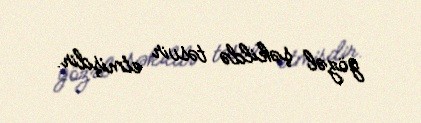
gözəl şəkildə təsvir etmişdir.